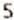
5